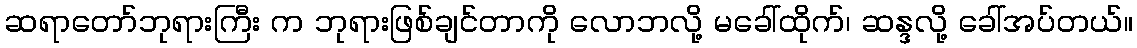
ဆရာတော်ဘုရားကြီး က ဘုရားဖြစ်ချင်တာကို လောဘလို့ မခေါ်ထိုက်၊ ဆန္ဒလို့ ခေါ်အပ်တယ်။